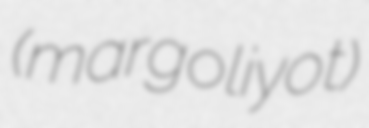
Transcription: (margoliyot)